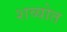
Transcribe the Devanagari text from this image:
शव्योत